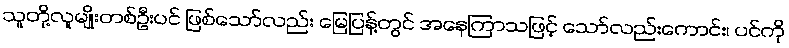
သူတို့လူမျိုးတစ်ဦးပင် ဖြစ်သော်လည်း မြေပြန့်တွင် အနေကြာသဖြင့် သော်လည်းကောင်း၊ ပင်ကို